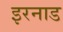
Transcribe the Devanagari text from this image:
इरनाड